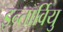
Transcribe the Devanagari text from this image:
इन्तार्वियु